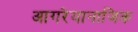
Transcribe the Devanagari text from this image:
आगरेयानाजिक